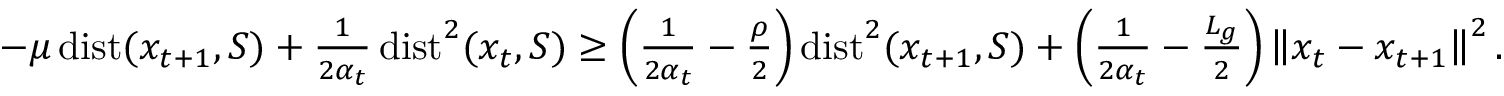
\begin{array} { r } { - \mu \operatorname { d i s t } ( x _ { t + 1 } , S ) + \frac { 1 } { 2 \alpha _ { t } } \operatorname { d i s t } ^ { 2 } ( x _ { t } , S ) \geq \left( \frac { 1 } { 2 \alpha _ { t } } - \frac { \rho } { 2 } \right) \operatorname { d i s t } ^ { 2 } ( x _ { t + 1 } , S ) + \left( \frac { 1 } { 2 \alpha _ { t } } - \frac { L _ { g } } { 2 } \right) \left\Vert x _ { t } - x _ { t + 1 } \right\Vert ^ { 2 } . } \end{array}